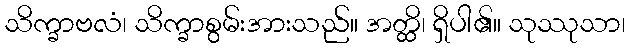
သိက္ခာဗလံ၊ သိက္ခာစွမ်းအားသည်။ အတ္ထိ၊ ရှိပါ၏။ သုဿုသာ၊